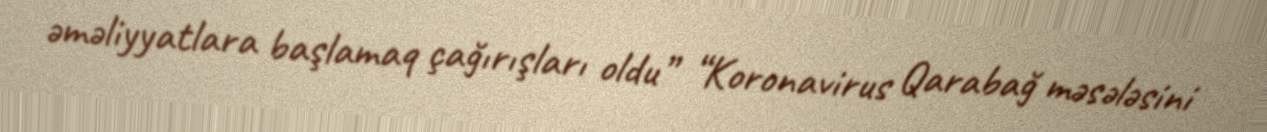
əməliyyatlara başlamaq çağırışları oldu” “Koronavirus Qarabağ məsələsini